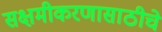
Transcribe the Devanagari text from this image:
सक्षमीकरणासाठीचे